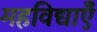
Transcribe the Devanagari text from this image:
महविद्याएँ